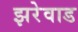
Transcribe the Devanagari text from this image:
झरेवाड